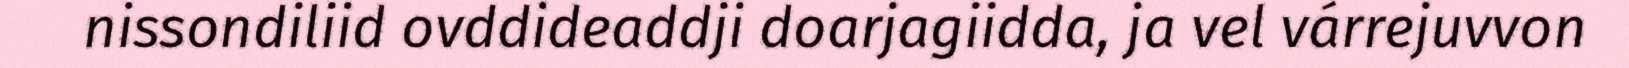
nissondiliid ovddideaddji doarjagiidda, ja vel várrejuvvon